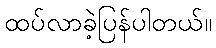
ထပ်လာခဲ့ပြန်ပါတယ်။